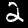
Label: 2